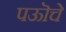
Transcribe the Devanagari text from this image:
पऊॊचे